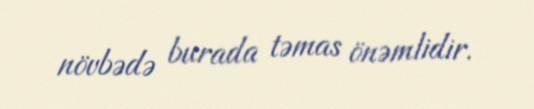
növbədə burada təmas önəmlidir.